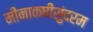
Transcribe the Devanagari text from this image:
मीनाकषीसुंदरम